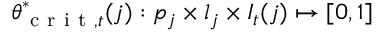
\theta _ { \mathrm { ~ c ~ r ~ i ~ t ~ } , t } ^ { * } ( j ) : p _ { j } \times l _ { j } \times I _ { t } ( j ) \mapsto [ 0 , 1 ]